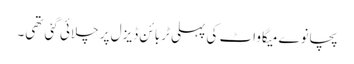
پچانوے میگاواٹ کی پہلی ٹربائن ڈیزل پر چلائی گئی تھی۔